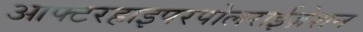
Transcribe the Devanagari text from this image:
आफ्टरहाइपरपोलराईज़ेशन